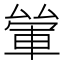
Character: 𨋿